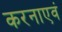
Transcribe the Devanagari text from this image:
करनाएवं